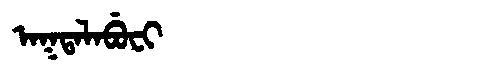
Manchu: ᠠᡴᡨᠠᠯᠠᠪᡠᠸᡳ
Romanization: AKTALABUFI